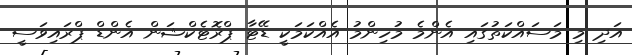
އަދި މި މަސައްކަތުގައި އެންމެ މުހިންމު އެއްކަމަކީ ޑޭޓާ ޕްރޮޓެކްޝަން އެންޑް ޕްރައިވަސީ